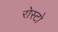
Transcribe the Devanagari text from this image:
रोस्टो